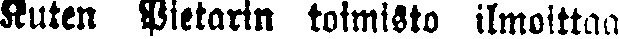
Kuten Pietarin toimisto ilmoittaa